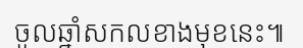
ចូលឆ្នាំសកលខាងមុខនេះ៕